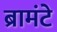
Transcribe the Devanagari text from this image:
ब्रामंटे